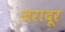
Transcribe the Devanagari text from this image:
जरादूर